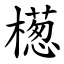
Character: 檧